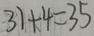
3 1 + 4 = 3 5